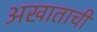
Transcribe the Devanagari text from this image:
अखाताची